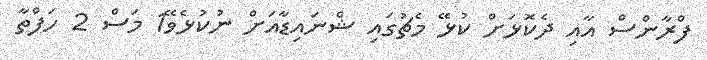
ފްރާންސް އާއި ދެކޮޅަށް ކުޅޭ މެޗުގައި ޝްނައިޑާއަށް ނުކުޅެވޭ1 މަސް 2 ހަފްތާ